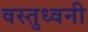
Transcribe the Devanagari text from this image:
वस्तुध्वनी